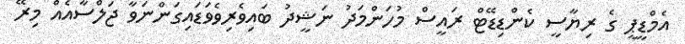
އެމްޑީޕީ ގެ ރިޔާސީ ކެންޑިޑޭޓް ރައީސް މުހަންމަދު ނަޝީދު ބައިވެރިވެވަޑައިގަންނަވާ ޖަލްސާއެއް މިރޭ